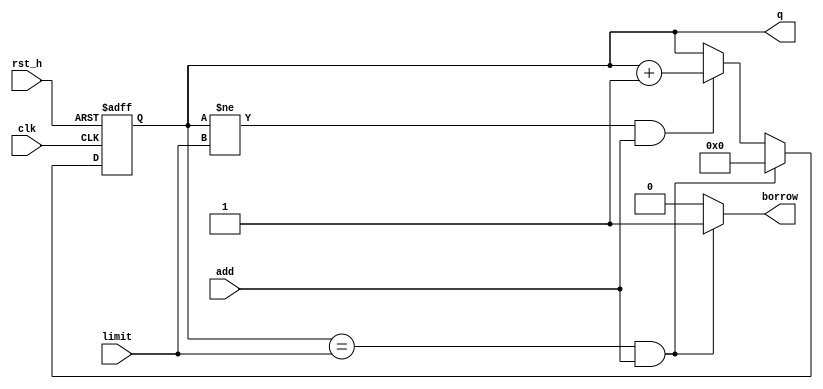
module BCD_UP(limit, clk, rst_h, add, q, borrow);
    input [3:0]limit;
    input clk;
    input rst_h;
    input add;
    output reg [3:0]q;
    output reg borrow;
    reg [3:0]q_temp;

    always @*
        if (q == limit && add == 1) begin
            q_temp = 4'd0;
            borrow = 1'b1;
        end
        else if (q != limit && add == 1) begin
            q_temp = q + 1'b1;
            borrow = 1'b0;
        end
        else begin
            q_temp = q;
            borrow = 1'b0;
        end
            
    always @(posedge clk or posedge rst_h)
        if (rst_h) q <= 4'd0;
        else q <= q_temp;
        
endmodule